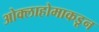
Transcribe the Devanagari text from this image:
ओक्लाहोमाकडून